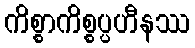
ကိစ္စာကိစ္စပ္ပဟီနဿ